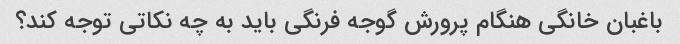
باغبان خانگی هنگام پرورش گوجه فرنگی باید به چه نکاتی توجه کند؟